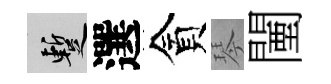
暫選貪琴闉